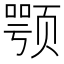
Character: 颚